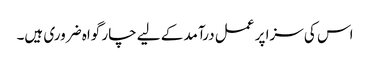
اس کی سزا پر عمل درآمد کے لیے چار گواہ ضروری ہیں۔